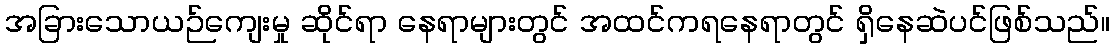
အခြားသောယဉ်ကျေးမှု ဆိုင်ရာ နေရာများတွင် အထင်ကရနေရာတွင် ရှိနေဆဲပင်ဖြစ်သည်။